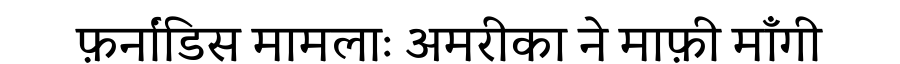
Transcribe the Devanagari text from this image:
फ़र्नांडिस मामलाः अमरीका ने माफ़ी माँगी